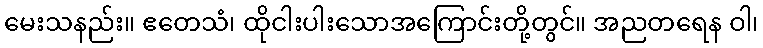
မေးသနည်း။ ဧတေသံ၊ ထိုငါးပါးသောအကြောင်းတို့တွင်။ အညတရေန ဝါ၊